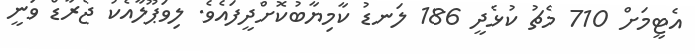
އެޓީމަށް 710 މެޗު ކުޅެދީ 186 ލަނޑު ކާމިޔާބުކޮށްދީފައެވެ. ލިވަޕޫލާއެކު ޖެރާޑް ވަނީ